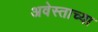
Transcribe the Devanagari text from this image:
अवेस्ताच्या